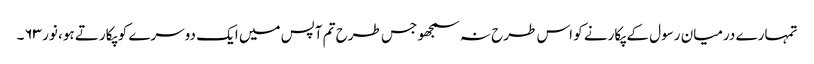
تمہارے درمیان رسول کے پکارنے کو اس طرح نہ سمجھو جس طرح تم آپس میں ایک دوسرے کو پکارتے ہو، نور ۶۳۔